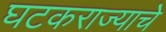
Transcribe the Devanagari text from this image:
घटकराज्याचे